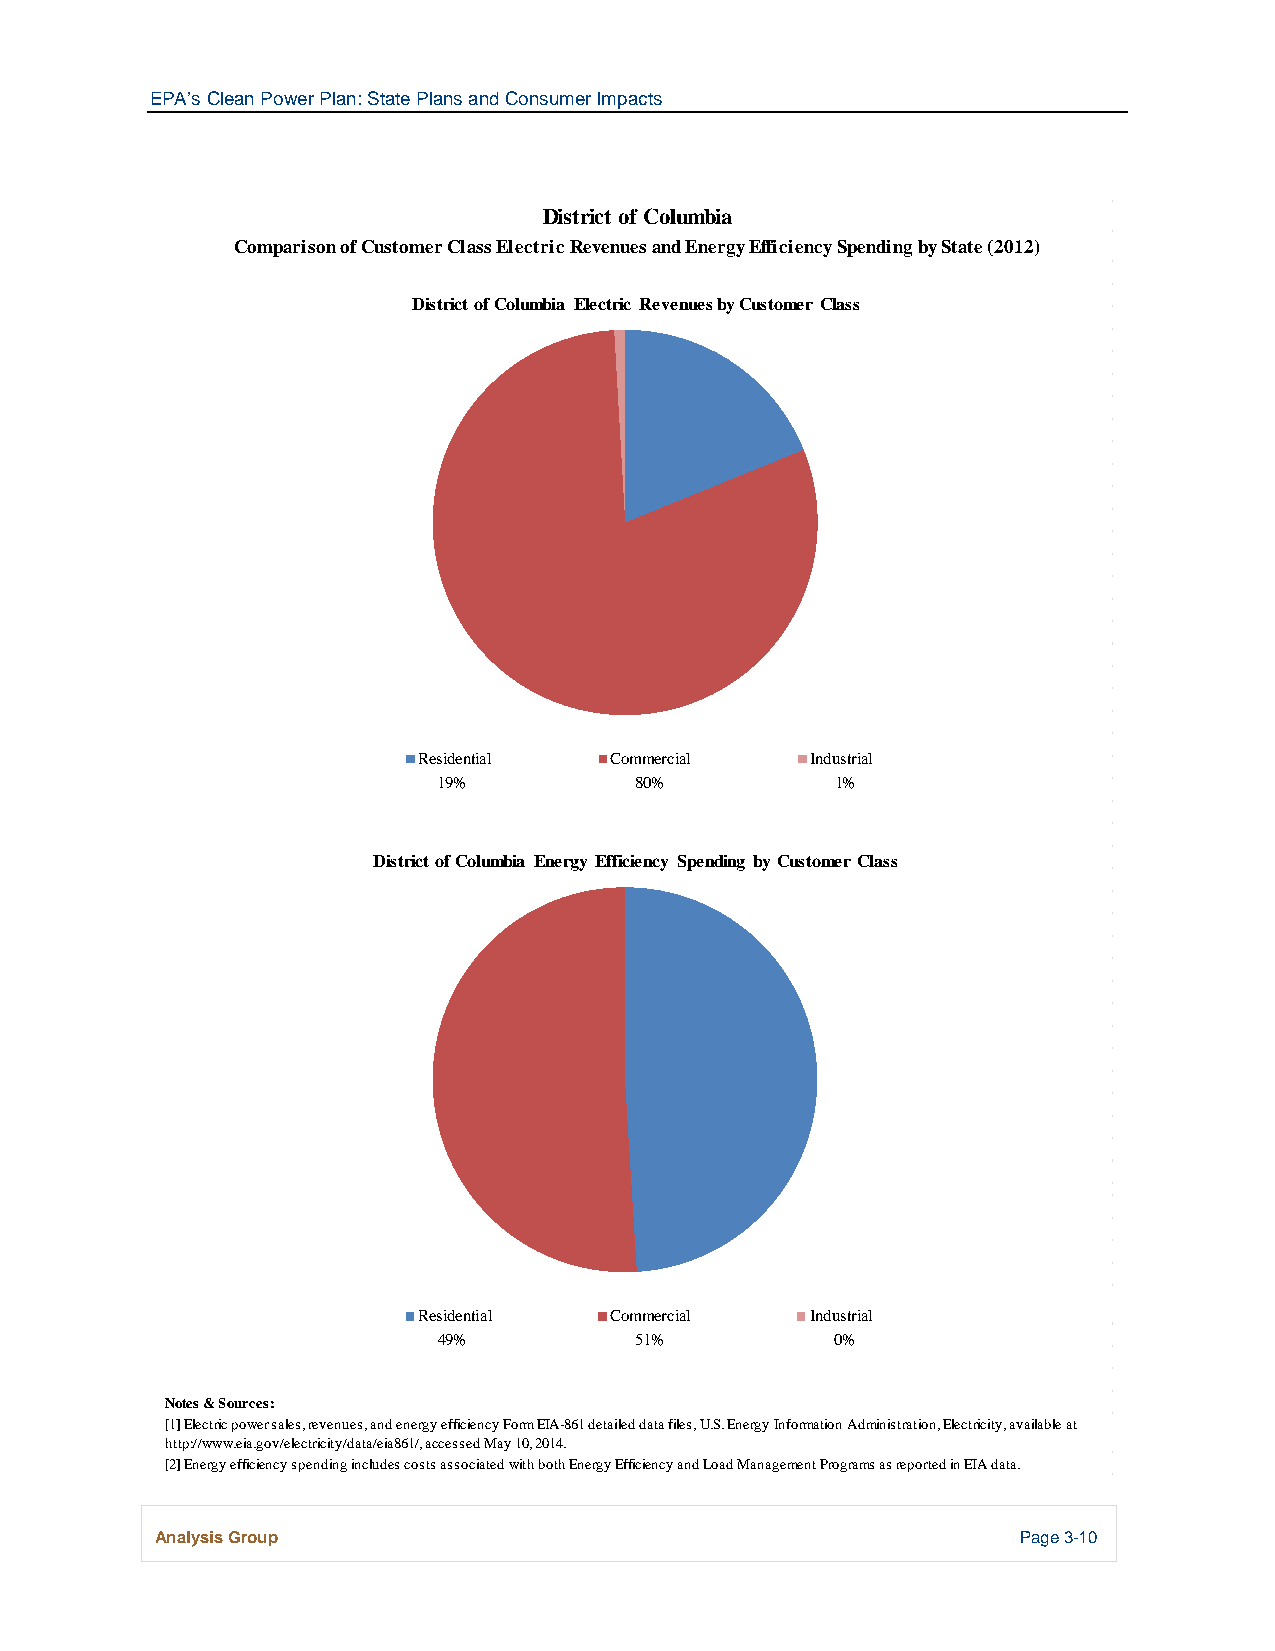
EPA’s Clean Power Plan: State Plans and Consumer Impacts
 District of Columbia
 Comparison of Customer Class Electric Revenues and Energy Efficiency Spending by State (2012)
 District of Columbia Electric Revenues by Customer Class
 Residential Commercial    Industrial
 19%          80%          1%
 District of Columbia Energy Efficiency Spending by Customer Class
 Residential Commercial    Industrial
 49%          51%          0%
 Notes & Sources:
 [1] Electric power sales, revenues, and energy efficiency Form EIA-861 detailed data files, U.S. Energy Information Administration, Electricity, available at
 http://www.eia.gov/electricity/data/eia861/, accessed May 10, 2014.
 [2] Energy efficiency spending includes costs associated with both Energy Efficiency and Load Management Programs as reported in EIA data.
 Analysis Group                                            Page 3-10